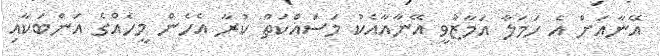
އޭނާއަށް އެ ހަމަލާ އަމާޒުވީ އޭނާއާއެކު މަސައްކަތް ކުރާ އެހެން މީހެއްގެ އަންބަކާއި